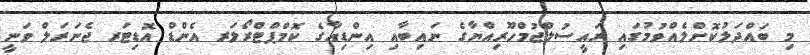
މި ބައްދަލުކޮށްލެއްވުމުގައި ރައީސުލްޖުމްހޫރިއްޔާގެ ނައިބާއި އިންޑިއާގެ ކޮމްޕްޓްރޯލަރ އެންޑް އޮޑިޓަރ ޖެނަރަލް ވަނީ